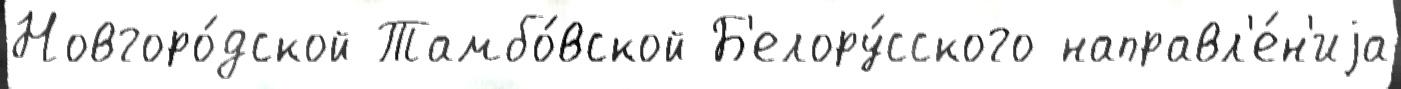
Новгоро́дской Тамбо́вской Б'елору́сского направл'е́н'иjа